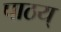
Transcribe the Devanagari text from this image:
पाठय्‌